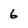
Character: 6